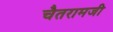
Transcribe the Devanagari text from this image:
चैतरामजी